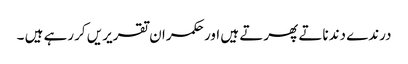
درندے دندناتے پھرتے ہیں اور حکمران تقریریں کررہے ہیں ۔